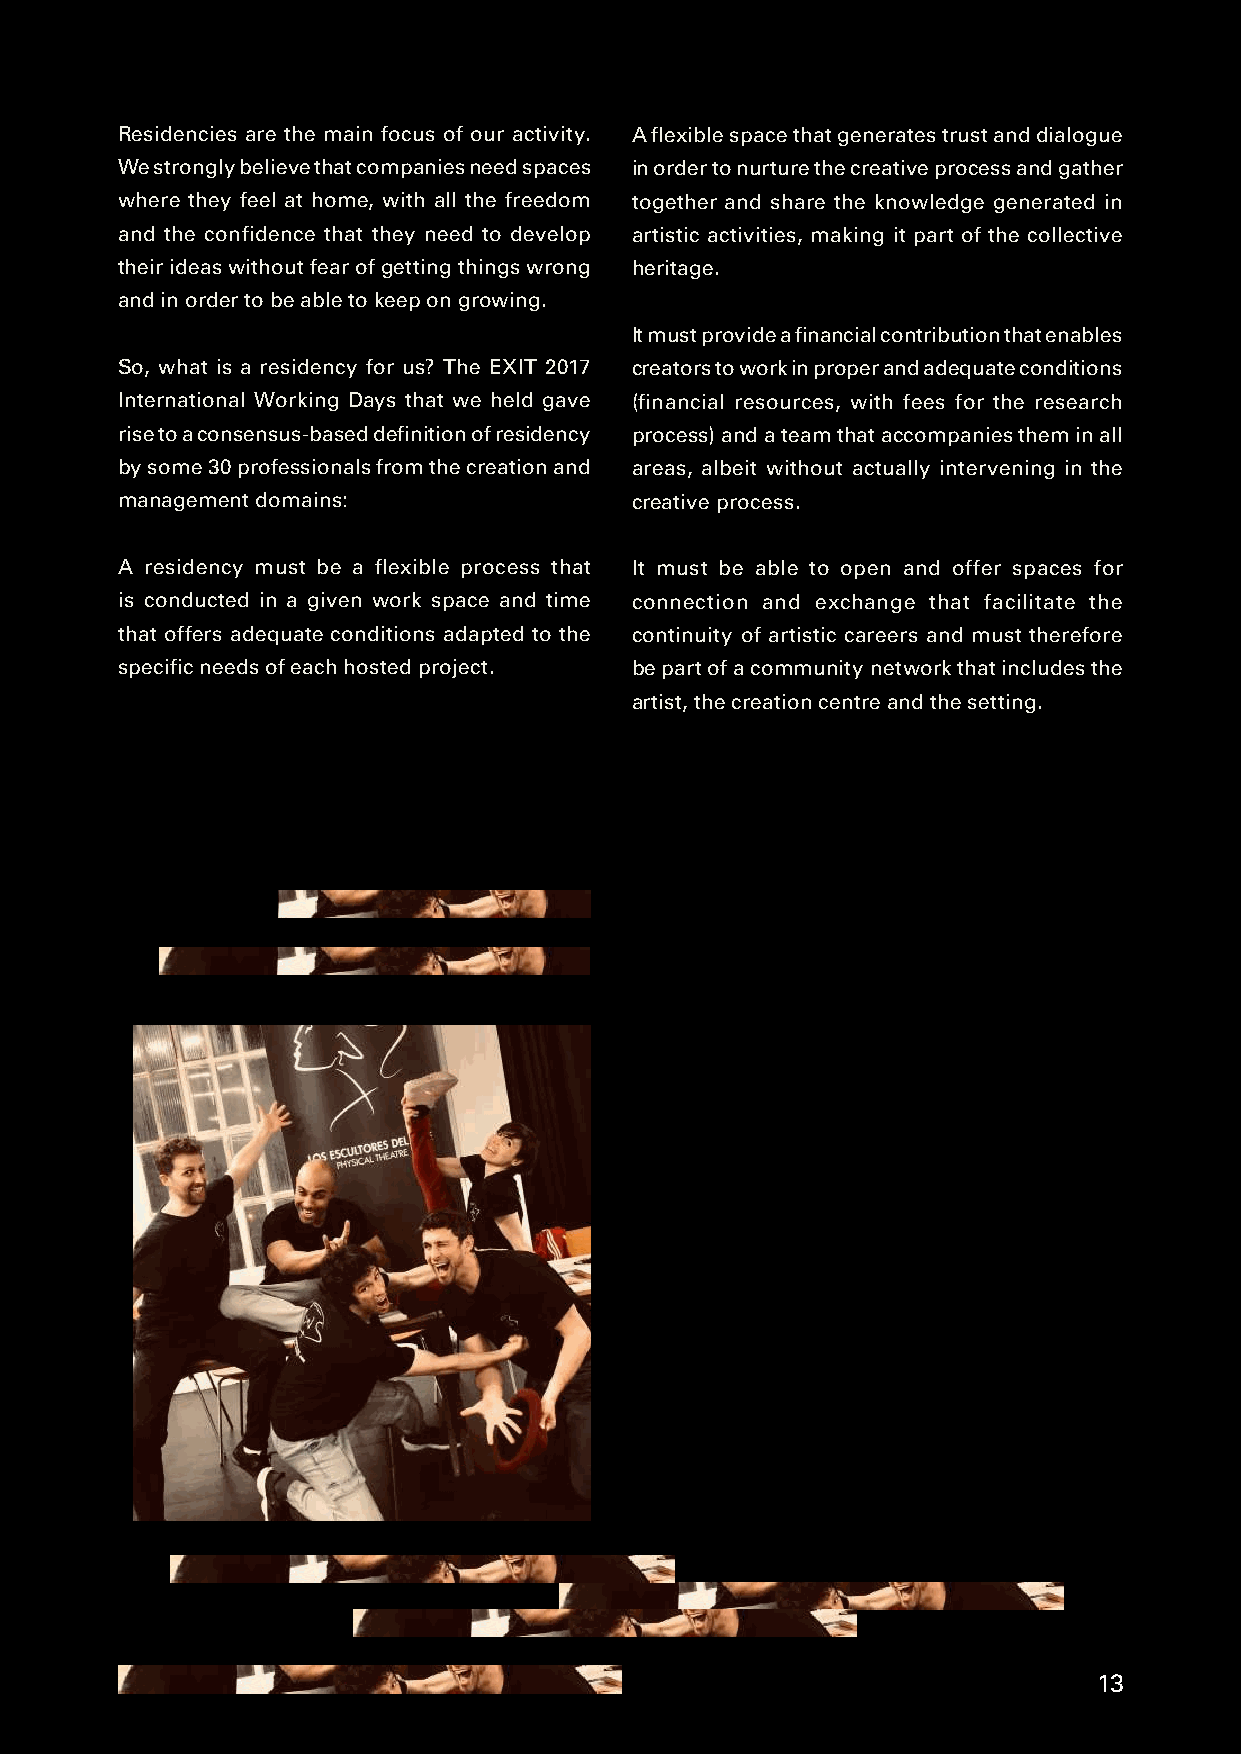
Residencies are the main focus of our activity. A flexible space that generates trust and dialogue
 We strongly believe that companies need spaces in order to nurture the creative process and gather
 where they feel at home, with all the freedom together and share the knowledge generated in
 and the confidence that they need to develop artistic activities, making it part of the collective
 their ideas without fear of getting things wrong heritage.
 and in order to be able to keep on growing.
 It must provide a financial contribution that enables
 So, what is a residency for us? The EXIT 2017 creators to work in proper and adequate conditions
 International Working Days that we held gave (financial resources, with fees for the research
 rise to a consensus-based definition of residency process) and a team that accompanies them in all
 by some 30 professionals from the creation and areas, albeit without actually intervening in the
 management domains:               creative process.
 A residency must be a flexible process that It must be able to open and offer spaces for
 is conducted in a given work space and time connection and exchange that facilitate the
 that offers adequate conditions adapted to the continuity of artistic careers and must therefore
 specific needs of each hosted project. be part of a community network that includes the
 artist, the creation centre and the setting.
 13